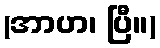
(အာဟ၊ ပြီ။)